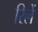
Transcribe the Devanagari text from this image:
रिलें